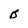
Character: B